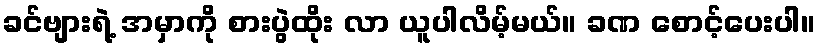
ခင်ဗျားရဲ့ အမှာကို စားပွဲထိုး လာ ယူပါလိမ့်မယ်။ ခဏ စောင့်ပေးပါ။